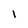
Character: l